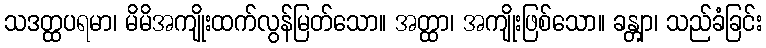
သဒတ္ထပရမာ၊ မိမိအကျိုးထက်လွန်မြတ်သော။ အတ္ထာ၊ အကျိုးဖြစ်သော။ ခန္တျာ၊ သည်ခံခြင်း